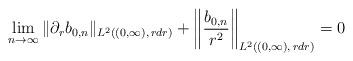
LaTeX: \begin{align*}\lim_{n\to\infty}\|\partial_rb_{0,n}\|_{L^2((0,\infty),\,rdr)}+\left\|\frac{b_{0,n}}{r^2}\right\|_{L^2((0,\infty),\,rdr)}=0\end{align*}